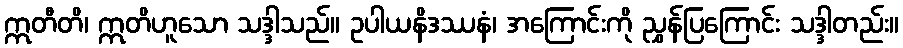
ဣတီတိ၊ ဣတိဟူသော သဒ္ဒါသည်။ ဥပါယနိဒဿနံ၊ အကြောင်းကို ညွှန်ပြကြောင်း သဒ္ဒါတည်း။